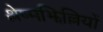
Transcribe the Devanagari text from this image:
श्लेष्मझिल्लियों